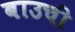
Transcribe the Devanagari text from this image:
बाउची